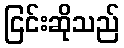
ငြင်းဆိုသည်